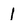
Character: I